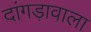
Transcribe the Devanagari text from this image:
दांगड़ावाला